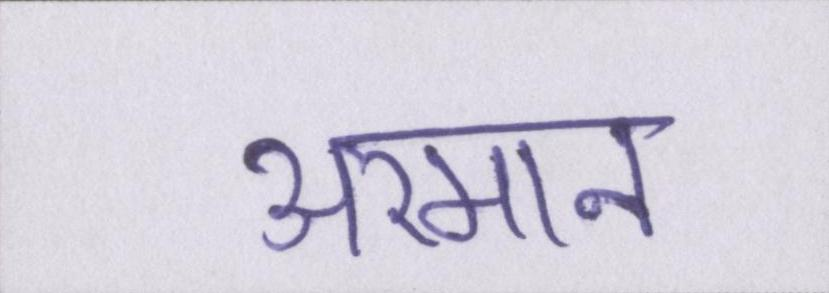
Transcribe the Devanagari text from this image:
अरमान